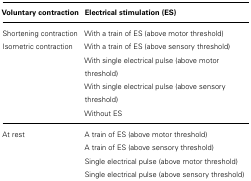
| Voluntary contraction | Electrical stimulation (ES) |
 | --- | --- |
 | Shortening contraction | With a train of ES (above motor threshold) |
 | Isometric contraction | With a train of ES (above sensory threshold) |
 |  | With single electrical pulse (above motor threshold) |
 |  | With single electrical pulse (above sensory threshold) |
 |  | Without ES |
 | At rest | A train of ES (above motor threshold) |
 |  | A train of ES (above sensory threshold) |
 |  | Single electrical pulse (above motor threshold) |
 |  | Single electrical pulse (above sensory threshold) |